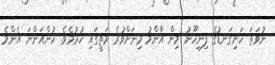
ނުވަތަ ހަށިގަނޑުގެ ފިނިހޫނު މިން އާންމު މިނަށްވުރެ މަތީގައި ހުރުމެވެ. ހުންއަންނަ އެންމެ